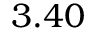
3 . 4 0